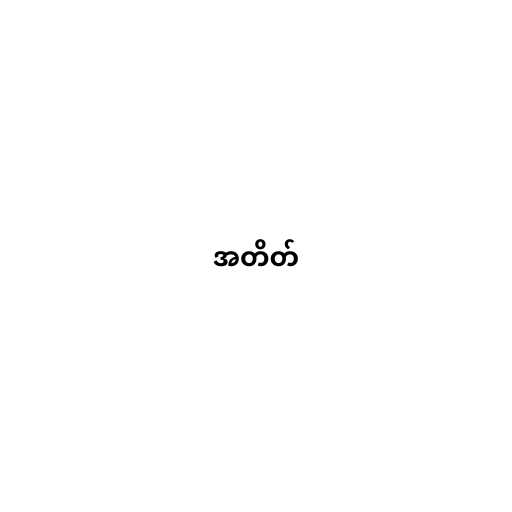
အတိတ်